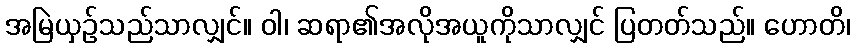
အမြဲယှဉ်သည်သာလျှင်။ ဝါ၊ ဆရာ၏အလိုအယူကိုသာလျှင် ပြတတ်သည်။ ဟောတိ၊